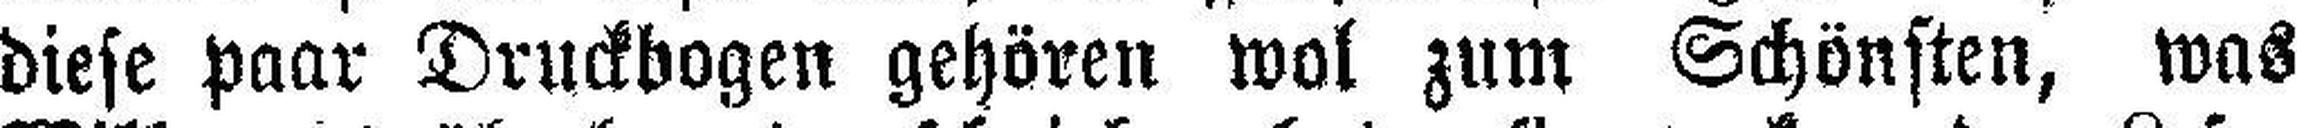
diese paar Druckbogen gehören wol zum Schönsten, was